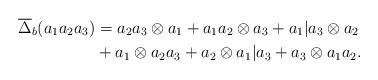
LaTeX: \begin{align*}\overline\Delta_b(a_1 a_2 a_3)&= a_2 a_3 \otimes a_1 + a_1 a_2 \otimes a_3 + a_1 | a_3 \otimes a_2\\&+ a_1 \otimes a_2a_3 + a_2 \otimes a_1 | a_3 + a_3 \otimes a_1 a_2. \end{align*}